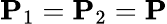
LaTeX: \mathbf{P}_{1}=\mathbf{P}_{2}=\mathbf{P}